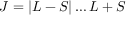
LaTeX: J = | L - S | \dots L + S